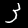
Digit: 3